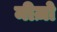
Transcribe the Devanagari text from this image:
मीज़ो